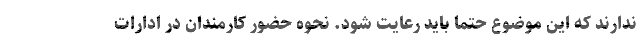
ندارند که این موضوع حتما باید رعایت شود. نحوه حضور کارمندان در ادارات